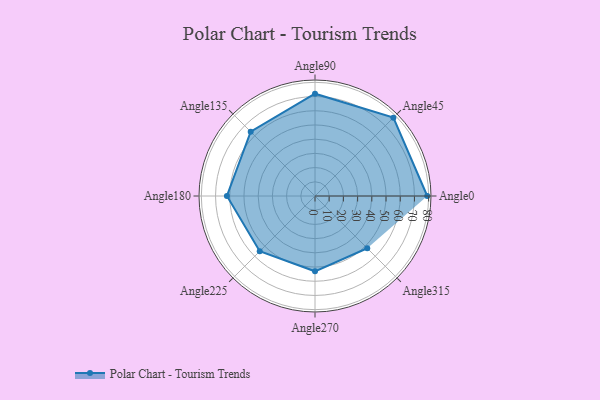
{"axis": {"x": "Angle", "y": "Radius"}, "legend": [""], "data": [{"x": "Angle0", "y": 79.0, "type": ""}, {"x": "Angle45", "y": 78.0, "type": ""}, {"x": "Angle90", "y": 72.0, "type": ""}, {"x": "Angle135", "y": 64.0, "type": ""}, {"x": "Angle180", "y": 62.0, "type": ""}, {"x": "Angle225", "y": 55.0, "type": ""}, {"x": "Angle270", "y": 53.0, "type": ""}, {"x": "Angle315", "y": 52.0, "type": ""}]}